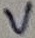
Text: V